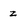
Character: z